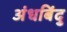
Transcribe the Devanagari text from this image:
अंधबिंदु